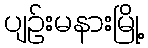
ပျဉ်းမနားမြို့